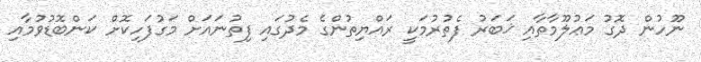
ނޫހުން ދޮގު މަޢުލޫމާތާއި ޚަބަރު ފެތުރުމަކީ ރައްޔިތުންގެ މެދުގައި ފިތުނައަށް މަގުފަހިކޮށް ކަންބޮޑުވުމާއި